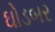
ઘોડબર